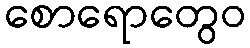
စောရောတွေဝ